Report of the Municipal Commissioner on the plague in Bombay for the year ending 31st May... - Volume 2
Disease focus: Plague
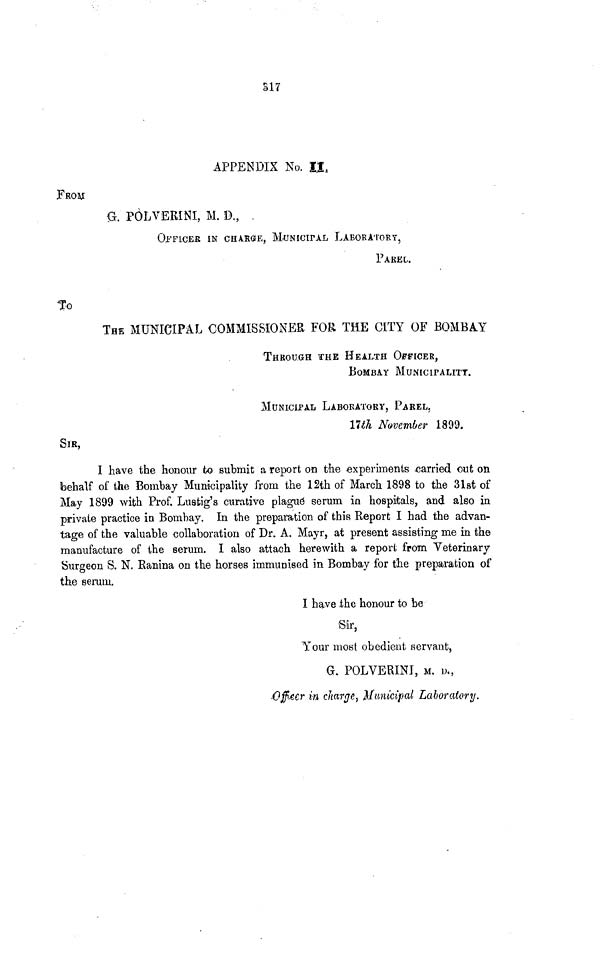
S17
APPENDIX No. II,
FRO**
G. POLVERINI, M. D.,
OFFICER IN CHARGE, MUNICIPAL LABORATORY,
PAREL.
To
THE MUNICIPAL COMMISSIONER FOR THE CITY OF BOMBAY
THROUGH THE HEALTH OFFICER,
BOMBAY MUNICIPALITY.
MUNICIPAL LABORATORY, PAREL,
llth November 1899.
SIR,
I have the honour to submit a report on tho experiments -carried out on
behalf of the Bombay Municipality from the 12th of March 1898 to the 31st of
May 1899 with Prof. Lustig's curative plague serum in hospitals, and also in
private practice in Bombay. In the preparation of this Report I had the advan-
tage of the valuable collaboration of Dr. A. Mayr, at present assisting me in the
manufacture of the serum. I also attach herewith a report from Veterinary
Surgeon S. N. Ranina on the horses immunised in Bombay for the preparation of
the serum.
I ha.ve -the honour to be
Sir,
Your most obedient servant,
G. POLVERINI, M. D.,
Ofacr in charge, Municipal Laboratory.